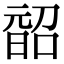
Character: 𭦨